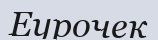
Еурочек